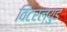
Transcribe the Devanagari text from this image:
विंटरल्युड